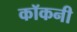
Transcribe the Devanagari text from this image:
कॉकनी